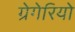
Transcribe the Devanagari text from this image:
ग्रेगेरियो